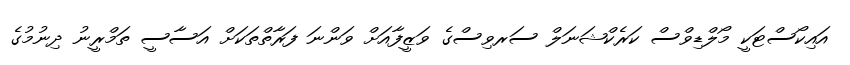
އައިކޯސްޓަކީ މޯލްޑިވްސް ކަރެކްޝަނަލް ސަރވިސްގެ ވަޒީފާއަށް ވަންނަ ފަރާތްތަކަށް އަސާސީ ތަމްރީނު ދިނުމުގެ